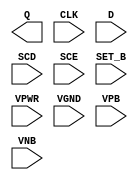
module sky130_fd_sc_hd__sdfstp (
    Q    ,
    CLK  ,
    D    ,
    SCD  ,
    SCE  ,
    SET_B,
    VPWR ,
    VGND ,
    VPB  ,
    VNB
);

    output Q    ;
    input  CLK  ;
    input  D    ;
    input  SCD  ;
    input  SCE  ;
    input  SET_B;
    input  VPWR ;
    input  VGND ;
    input  VPB  ;
    input  VNB  ;
endmodule